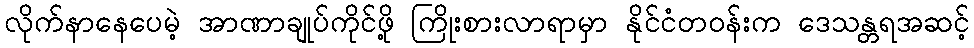
လိုက်နာနေပေမဲ့ အာဏာချုပ်ကိုင်ဖို့ ကြိုးစားလာရာမှာ နိုင်ငံတဝန်းက ဒေသန္တရအဆင့်